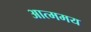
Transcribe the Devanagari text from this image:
आत्ममय